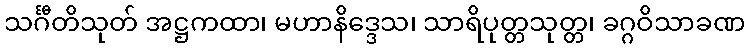
သင်္ဂီတိသုတ် အဋ္ဌကထာ၊ မဟာနိဒ္ဒေသ၊ သာရိပုတ္တသုတ္တ၊ ခဂ္ဂဝိသာခဏ